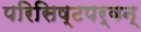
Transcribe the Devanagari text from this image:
परिसिष्टपर्वन्‌